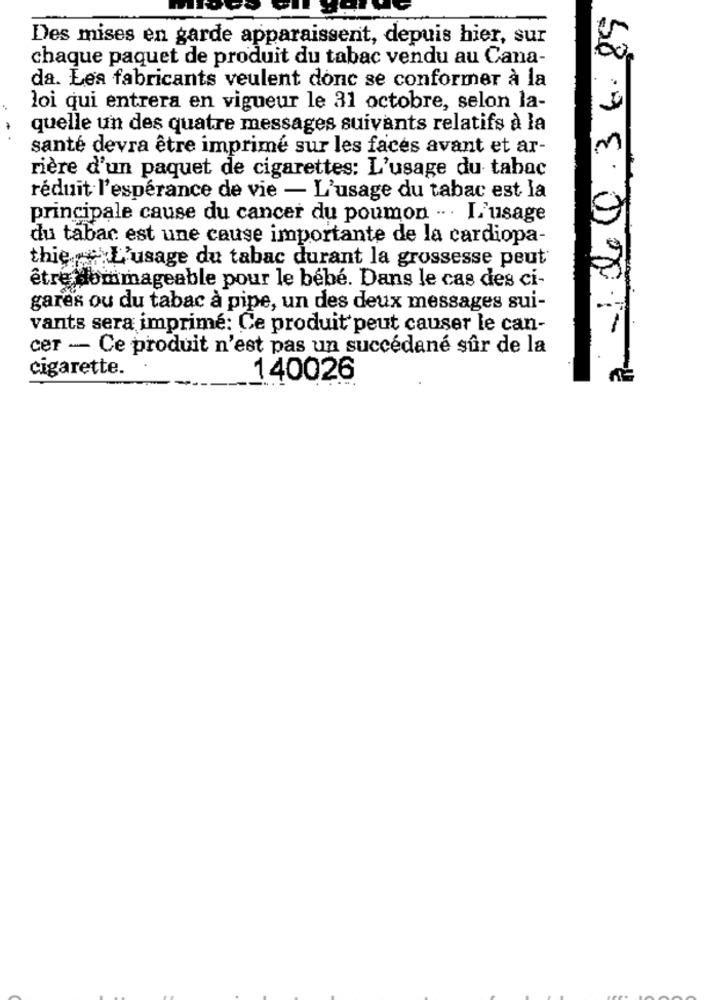
1.04.0.36.89
Des mises en garde apparaissent, depuis hier, sur
chaque paquet de produit du tabac vendu au Cana-
da. Les fabricants veulent donc se conformer à la
loi qui entrera en vigueur le 31 octobre, selon la-
quelle un des quatre messages suivants relatifs à la
santé devra être imprimé sur les faces avant et ar-
rière d'un paquet de cigarettes: L'usage du tabac
réduit l'espérance de vie - L'usage du tabac est la
principale cause du cancer du poumon ··· L'usage
du tabac est une cause importante de la cardiopa-
thieL'usage du tabac durant la grossesse peut
être dommageable pour le bébé. Dans le cas des ci-
gares ou du tabac à pipe, un des deux messages sui-
vants sera imprimé: Ce produit peut causer le can-
cer - Ce produit n'est pas un succédané sûr de la
cigarette.
140026